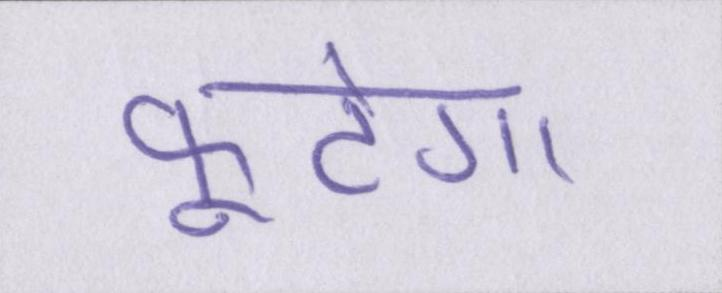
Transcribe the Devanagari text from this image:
फूटेगा